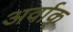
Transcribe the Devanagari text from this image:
अर्वाक्